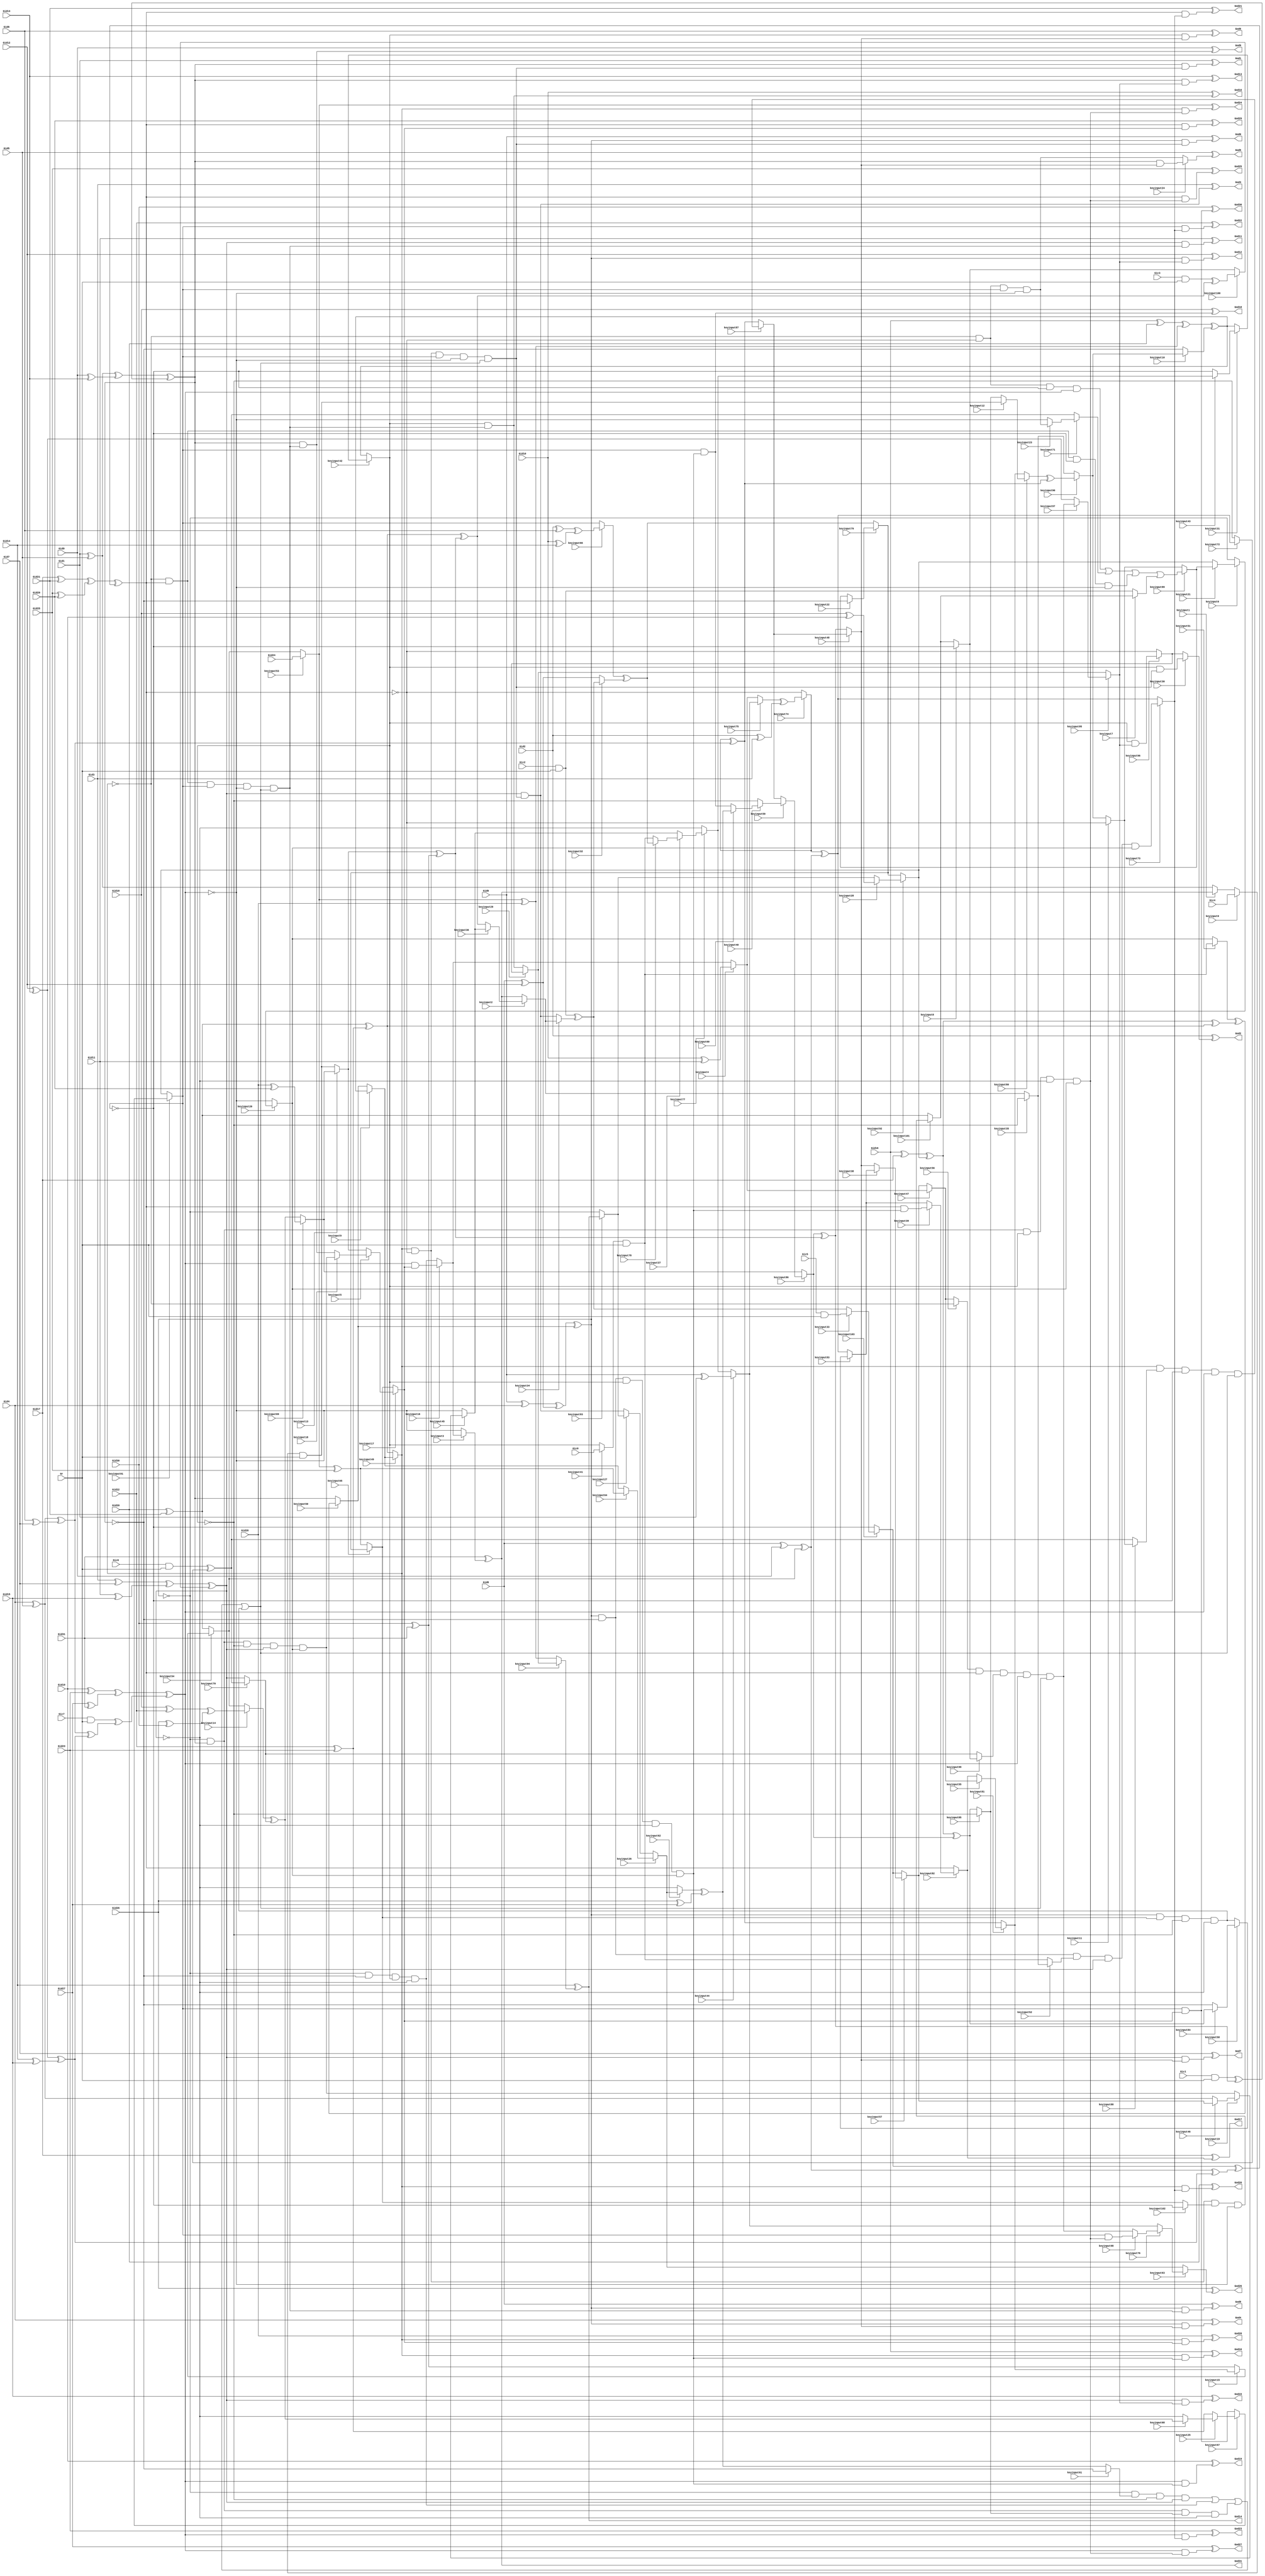
// Verilog File 
module top (Gid0,Gid1,Gid2,Gid3,Gid4,Gid5,Gid6,Gid7,Gid8,
Gid9,Gid10,Gid11,Gid12,Gid13,Gid14,Gid15,Gid16,Gid17,Gid18,
Gid19,Gid20,Gid21,Gid22,Gid23,Gid24,Gid25,Gid26,Gid27,Gid28,
Gid29,Gid30,Gid31,Gic0,Gic1,Gic2,Gic3,Gic4,Gic5,Gic6,
Gic7,Gr,God0,God1,God2,God3,God4,God5,God6,God7,
God8,God9,God10,God11,God12,God13,God14,God15,God16,God17,
God18,God19,God20,God21,God22,God23,God24,God25,God26,God27,
God28,God29,God30,God31,keyinput0,keyinput1,keyinput2,keyinput3,keyinput4,keyinput5,
keyinput6,keyinput7,keyinput8,keyinput9,keyinput10,keyinput11,keyinput12,keyinput13,keyinput14,keyinput15,
keyinput16,keyinput17,keyinput18,keyinput19,keyinput20,keyinput21,keyinput22,keyinput23,keyinput24,keyinput25,
keyinput26,keyinput27,keyinput28,keyinput29,keyinput30,keyinput31,keyinput32,keyinput33,keyinput34,keyinput35,
keyinput36,keyinput37,keyinput38,keyinput39,keyinput40,keyinput41,keyinput42,keyinput43,keyinput44,keyinput45,
keyinput46,keyinput47,keyinput48,keyinput49,keyinput50,keyinput51,keyinput52,keyinput53,keyinput54,keyinput55,
keyinput56,keyinput57,keyinput58,keyinput59,keyinput60,keyinput61,keyinput62,keyinput63,keyinput64,keyinput65,
keyinput66,keyinput67,keyinput68,keyinput69,keyinput70,keyinput71,keyinput72,keyinput73,keyinput74,keyinput75,
keyinput76,keyinput77,keyinput78,keyinput79,keyinput80,keyinput81,keyinput82,keyinput83,keyinput84,keyinput85,
keyinput86,keyinput87,keyinput88,keyinput89,keyinput90,keyinput91,keyinput92,keyinput93,keyinput94,keyinput95,
keyinput96,keyinput97,keyinput98,keyinput99,keyinput100,keyinput101,keyinput102,keyinput103);

input Gid0,Gid1,Gid2,Gid3,Gid4,Gid5,Gid6,Gid7,Gid8,
Gid9,Gid10,Gid11,Gid12,Gid13,Gid14,Gid15,Gid16,Gid17,Gid18,
Gid19,Gid20,Gid21,Gid22,Gid23,Gid24,Gid25,Gid26,Gid27,Gid28,
Gid29,Gid30,Gid31,Gic0,Gic1,Gic2,Gic3,Gic4,Gic5,Gic6,
Gic7,Gr,keyinput0,keyinput1,keyinput2,keyinput3,keyinput4,keyinput5,keyinput6,keyinput7,
keyinput8,keyinput9,keyinput10,keyinput11,keyinput12,keyinput13,keyinput14,keyinput15,keyinput16,keyinput17,
keyinput18,keyinput19,keyinput20,keyinput21,keyinput22,keyinput23,keyinput24,keyinput25,keyinput26,keyinput27,
keyinput28,keyinput29,keyinput30,keyinput31,keyinput32,keyinput33,keyinput34,keyinput35,keyinput36,keyinput37,
keyinput38,keyinput39,keyinput40,keyinput41,keyinput42,keyinput43,keyinput44,keyinput45,keyinput46,keyinput47,
keyinput48,keyinput49,keyinput50,keyinput51,keyinput52,keyinput53,keyinput54,keyinput55,keyinput56,keyinput57,
keyinput58,keyinput59,keyinput60,keyinput61,keyinput62,keyinput63,keyinput64,keyinput65,keyinput66,keyinput67,
keyinput68,keyinput69,keyinput70,keyinput71,keyinput72,keyinput73,keyinput74,keyinput75,keyinput76,keyinput77,
keyinput78,keyinput79,keyinput80,keyinput81,keyinput82,keyinput83,keyinput84,keyinput85,keyinput86,keyinput87,
keyinput88,keyinput89,keyinput90,keyinput91,keyinput92,keyinput93,keyinput94,keyinput95,keyinput96,keyinput97,
keyinput98,keyinput99,keyinput100,keyinput101,keyinput102,keyinput103;

output God0,God1,God2,God3,God4,God5,God6,God7,God8,
God9,God10,God11,God12,God13,God14,God15,God16,God17,God18,
God19,God20,God21,God22,God23,God24,God25,God26,God27,God28,
God29,God30,God31;

wire Gxa0,Gxa1,Gxa2,Gxa3,Gxa4,Gxa5,Gxa6,Gxa7,Gxa8,
Gxa9,Gxa10,Gxa11,Gxa12,Gxa13,Gxa14,Gxa15,Gh0,Gh1,Gh2,
Gh3,Gh4,Gh5,Gh6,Gh7,Gxb0,Gxc0,Gxb1,Gxc1,Gxb2,
Gxc2,Gxb3,Gxc3,Gxb4,Gxc4,Gxb5,Gxc5,Gxb6,Gxc6,Gxb7,
Gxc7,Gf0,Gf1,Gf2,Gf3,Gf4,Gf5,Gf6,Gf7,Gxe0,
Gxe1,Gxe2,Gxe3,Gxe4,Gxe5,Gxe6,Gxe7,Gg0,Gg1,Gg2,
Gg3,Gg4,Gg5,Gg6,Gg7,Gxd0,Gxd1,Gxd2,Gxd3,Gxd4,
Gxd5,Gxd6,Gxd7,Gs0,Gs1,Gs2,Gs3,Gs4,Gs5,Gs6,
Gs7,Gy0a,Gy1a,Gy2a,Gy0b,Gy1b,Gy3b,Gy0c,Gy2c,Gy3c,
Gy1d,Gy2d,Gy3d,Gy5i,Gy7i,Gy5j,Gy6j,Gy4k,Gy7k,Gy4l,
Gy6l,Gy4a,Gy5a,Gy6a,Gy4b,Gy5b,Gy7b,Gy4c,Gy6c,Gy7c,
Gy5d,Gy6d,Gy7d,Gy1i,Gy3i,Gy1j,Gy2j,Gy0k,Gy3k,Gy0l,
Gy2l,Gt0,Gt1,Gt2,Gt3,Gt4,Gt5,Gt6,Gt7,Gu0,
Gu1,Gwa,Gwb,Gwc,Gwd,Gwe,Gwf,Gwg,Gwh,Ge0,
Ge1,Ge2,Ge3,Ge4,Ge5,Ge6,Ge7,Ge8,Ge9,Ge10,
Ge11,Ge12,Ge13,Ge14,Ge15,Ge16,Ge17,Ge18,Ge19,Ge20,
Ge21,Ge22,Ge23,Ge24,Ge25,Ge26,Ge27,Ge28,Ge29,Ge30,
Ge31,muxed0,muxed1,muxed2,muxed3,muxed4,muxed5,muxed6,muxed7,muxed8,
muxed9,muxed10,muxed11,muxed12,muxed13,muxed14,muxed15,muxed16,muxed17,muxed18,
muxed19,muxed20,muxed21,muxed22,muxed23,muxed24,muxed25,muxed26,muxed27,muxed28,
muxed29,muxed30,muxed31,muxed32,muxed33,muxed34,muxed35,muxed36,muxed37,muxed38,
muxed39,muxed40,muxed41,muxed42,muxed43,muxed44,muxed45,muxed46,muxed47,muxed48,
muxed49,muxed50,muxed51,muxed52,muxed53,muxed54,muxed55,muxed56,muxed57,muxed58,
muxed59,muxed60,muxed61,muxed62,muxed63,muxed64,muxed65,muxed66,muxed67,muxed68,
muxed69,muxed70,muxed71,muxed72,muxed73,muxed74,muxed75,muxed76,muxed77,muxed78,
muxed79,muxed80,muxed81,muxed82,muxed83,muxed84,muxed85,muxed86,muxed87,muxed88,
muxed89,muxed90,muxed91,muxed92,muxed93,muxed94,muxed95,muxed96,muxed97,muxed98,
muxed99,muxed100,muxed101,muxed102,muxed103;
xor gate_0(Gxa0,Gid0,Gid1);
xor gate_1(Gxa1,Gid2,Gid3);
xor gate_2(Gxa2,Gid4,Gid5);
xor gate_3(Gxa3,Gid6,Gid7);
xor gate_4(Gxa4,Gid8,Gid9);
xor gate_5(Gxa5,Gid10,Gid11);
xor gate_6(Gxa6,Gid12,Gid13);
xor gate_7(Gxa7,Gid14,Gid15);
xor gate_8(Gxa8,Gid16,Gid17);
xor gate_9(Gxa9,Gid18,Gid19);
xor gate_10(Gxa10,Gid20,Gid21);
xor gate_11(Gxa11,Gid22,Gid23);
xor gate_12(Gxa12,muxed53,Gid25);
xor gate_13(Gxa13,Gid26,Gid27);
xor gate_14(Gxa14,Gid28,Gid29);
xor gate_15(Gxa15,Gid30,Gid31);
and gate_16(Gh0,muxed41,Gr);
and gate_17(Gh1,Gic1,Gr);
and gate_18(Gh2,Gic2,Gr);
and gate_19(Gh3,Gic3,Gr);
and gate_20(Gh4,muxed0,Gr);
and gate_21(Gh5,Gic5,Gr);
and gate_22(Gh6,Gic6,Gr);
and gate_23(Gh7,Gic7,Gr);
xor gate_24(Gxb0,Gid0,Gid4);
xor gate_25(Gxc0,Gid8,Gid12);
xor gate_26(Gxb1,Gid1,Gid5);
xor gate_27(Gxc1,Gid9,Gid13);
xor gate_28(Gxb2,Gid2,Gid6);
xor gate_29(Gxc2,Gid10,Gid14);
xor gate_30(Gxb3,Gid3,Gid7);
xor gate_31(Gxc3,Gid11,Gid15);
xor gate_32(Gxb4,Gid16,Gid20);
xor gate_33(Gxc4,muxed53,Gid28);
xor gate_34(Gxb5,Gid17,Gid21);
xor gate_35(Gxc5,Gid25,Gid29);
xor gate_36(Gxb6,Gid18,Gid22);
xor gate_37(Gxc6,Gid26,Gid30);
xor gate_38(Gxb7,Gid19,Gid23);
xor gate_39(Gxc7,Gid27,Gid31);
xor gate_40(Gf0,muxed75,Gxa1);
xor gate_41(Gf1,Gxa2,Gxa3);
xor gate_42(Gf2,Gxa4,muxed54);
xor gate_43(Gf3,Gxa6,Gxa7);
xor gate_44(Gf4,Gxa8,muxed92);
xor gate_45(Gf5,Gxa10,Gxa11);
xor gate_46(Gf6,muxed62,Gxa13);
xor gate_47(Gf7,muxed13,Gxa15);
xor gate_48(Gxe0,Gxb0,Gxc0);
xor gate_49(Gxe1,Gxb1,Gxc1);
xor gate_50(Gxe2,Gxb2,Gxc2);
xor gate_51(Gxe3,Gxb3,Gxc3);
xor gate_52(Gxe4,Gxb4,Gxc4);
xor gate_53(Gxe5,Gxb5,Gxc5);
xor gate_54(Gxe6,Gxb6,Gxc6);
xor gate_55(Gxe7,Gxb7,Gxc7);
xor gate_56(Gg0,muxed74,Gf1);
xor gate_57(Gg1,Gf2,Gf3);
xor gate_58(Gg2,muxed74,Gf2);
xor gate_59(Gg3,Gf1,Gf3);
xor gate_60(Gg4,Gf4,Gf5);
xor gate_61(Gg5,muxed86,Gf7);
xor gate_62(Gg6,Gf4,muxed86);
xor gate_63(Gg7,Gf5,Gf7);
xor gate_64(Gxd0,muxed51,Gg4);
xor gate_65(Gxd1,Gh1,Gg5);
xor gate_66(Gxd2,Gh2,muxed34);
xor gate_67(Gxd3,Gh3,Gg7);
xor gate_68(Gxd4,muxed80,Gg0);
xor gate_69(Gxd5,muxed103,Gg1);
xor gate_70(Gxd6,Gh6,muxed72);
xor gate_71(Gxd7,Gh7,Gg3);
xor gate_72(Gs0,Gxe0,muxed50);
xor gate_73(Gs1,Gxe1,Gxd1);
xor gate_74(Gs2,muxed66,muxed32);
xor gate_75(Gs3,Gxe3,muxed100);
xor gate_76(Gs4,Gxe4,muxed10);
xor gate_77(Gs5,Gxe5,Gxd5);
xor gate_78(Gs6,muxed14,muxed70);
xor gate_79(Gs7,Gxe7,Gxd7);
not gate_80(Gy0a,Gs0);
not gate_81(Gy1a,Gs1);
not gate_82(Gy2a,muxed42);
not gate_83(Gy0b,Gs0);
not gate_84(Gy1b,Gs1);
not gate_85(Gy3b,Gs3);
not gate_86(Gy0c,Gs0);
not gate_87(Gy2c,muxed42);
not gate_88(Gy3c,Gs3);
not gate_89(Gy1d,Gs1);
not gate_90(Gy2d,muxed42);
not gate_91(Gy3d,Gs3);
not gate_92(Gy5i,Gs5);
not gate_93(Gy7i,Gs7);
not gate_94(Gy5j,Gs5);
not gate_95(Gy6j,muxed91);
not gate_96(Gy4k,muxed49);
not gate_97(Gy7k,Gs7);
not gate_98(Gy4l,muxed49);
not gate_99(Gy6l,muxed91);
not gate_100(Gy4a,muxed49);
not gate_101(Gy5a,Gs5);
not gate_102(Gy6a,muxed91);
not gate_103(Gy4b,muxed49);
not gate_104(Gy5b,Gs5);
not gate_105(Gy7b,Gs7);
not gate_106(Gy4c,muxed49);
not gate_107(Gy6c,muxed91);
not gate_108(Gy7c,Gs7);
not gate_109(Gy5d,Gs5);
not gate_110(Gy6d,muxed91);
not gate_111(Gy7d,Gs7);
not gate_112(Gy1i,Gs1);
not gate_113(Gy3i,Gs3);
not gate_114(Gy1j,Gs1);
not gate_115(Gy2j,muxed42);
not gate_116(Gy0k,Gs0);
not gate_117(Gy3k,Gs3);
not gate_118(Gy0l,Gs0);
not gate_119(Gy2l,muxed42);
and gate_120(Gt0,Gy0a,muxed61,Gy2a,Gs3);
and gate_121(Gt1,Gy0b,Gy1b,muxed42,Gy3b);
and gate_122(Gt2,Gy0c,Gs1,muxed85,Gy3c);
and gate_123(Gt3,Gs0,muxed65,Gy2d,Gy3d);
and gate_124(Gt4,Gy4a,Gy5a,Gy6a,Gs7);
and gate_125(Gt5,Gy4b,Gy5b,muxed91,Gy7b);
and gate_126(Gt6,Gy4c,Gs5,Gy6c,Gy7c);
and gate_127(Gt7,muxed49,Gy5d,muxed102,Gy7d);
or gate_128(Gu0,Gt0,Gt1,Gt2,Gt3);
or gate_129(Gu1,Gt4,muxed71,Gt6,muxed7);
and gate_130(Gwa,muxed49,Gy5i,muxed91,Gy7i,Gu0);
and gate_131(Gwb,muxed49,muxed88,Gy6j,Gs7,Gu0);
and gate_132(Gwc,Gy4k,Gs5,muxed91,Gy7k,Gu0);
and gate_133(Gwd,muxed56,Gs5,muxed99,Gs7,Gu0);
and gate_134(Gwe,Gs0,Gy1i,muxed42,Gy3i,muxed20);
and gate_135(Gwf,Gs0,Gy1j,muxed52,Gs3,muxed20);
and gate_136(Gwg,Gy0k,Gs1,muxed42,Gy3k,muxed20);
and gate_137(Gwh,Gy0l,Gs1,Gy2l,Gs3,muxed20);
and gate_138(Ge0,Gs0,Gwa);
and gate_139(Ge1,Gs1,Gwa);
and gate_140(Ge2,muxed42,Gwa);
and gate_141(Ge3,Gs3,Gwa);
and gate_142(Ge4,Gs0,muxed48);
and gate_143(Ge5,Gs1,muxed48);
and gate_144(Ge6,muxed42,muxed48);
and gate_145(Ge7,Gs3,muxed48);
and gate_146(Ge8,Gs0,Gwc);
and gate_147(Ge9,Gs1,Gwc);
and gate_148(Ge10,muxed42,Gwc);
and gate_149(Ge11,Gs3,Gwc);
and gate_150(Ge12,Gs0,muxed95);
and gate_151(Ge13,Gs1,muxed95);
and gate_152(Ge14,muxed42,muxed95);
and gate_153(Ge15,Gs3,muxed95);
and gate_154(Ge16,muxed49,Gwe);
and gate_155(Ge17,Gs5,Gwe);
and gate_156(Ge18,muxed91,Gwe);
and gate_157(Ge19,Gs7,Gwe);
and gate_158(Ge20,muxed49,muxed73);
and gate_159(Ge21,Gs5,muxed73);
and gate_160(Ge22,muxed91,muxed73);
and gate_161(Ge23,Gs7,muxed73);
and gate_162(Ge24,muxed49,Gwg);
and gate_163(Ge25,Gs5,Gwg);
and gate_164(Ge26,muxed91,Gwg);
and gate_165(Ge27,Gs7,Gwg);
and gate_166(Ge28,muxed49,muxed17);
and gate_167(Ge29,Gs5,muxed17);
and gate_168(Ge30,muxed91,muxed17);
and gate_169(Ge31,Gs7,muxed17);
xor gate_170(God0,Gid0,Ge0);
xor gate_171(God1,Gid1,Ge1);
xor gate_172(God2,Gid2,muxed30);
xor gate_173(God3,Gid3,Ge3);
xor gate_174(God4,Gid4,Ge4);
xor gate_175(God5,Gid5,muxed24);
xor gate_176(God6,Gid6,Ge6);
xor gate_177(God7,Gid7,Ge7);
xor gate_178(God8,Gid8,Ge8);
xor gate_179(God9,Gid9,Ge9);
xor gate_180(God10,Gid10,Ge10);
xor gate_181(God11,Gid11,Ge11);
xor gate_182(God12,Gid12,Ge12);
xor gate_183(God13,Gid13,Ge13);
xor gate_184(God14,Gid14,muxed94);
xor gate_185(God15,Gid15,Ge15);
xor gate_186(God16,Gid16,Ge16);
xor gate_187(God17,Gid17,muxed82);
xor gate_188(God18,Gid18,Ge18);
xor gate_189(God19,Gid19,Ge19);
xor gate_190(God20,Gid20,Ge20);
xor gate_191(God21,Gid21,Ge21);
xor gate_192(God22,Gid22,Ge22);
xor gate_193(God23,Gid23,Ge23);
xor gate_194(God24,muxed53,Ge24);
xor gate_195(God25,Gid25,Ge25);
xor gate_196(God26,Gid26,muxed63);
xor gate_197(God27,Gid27,Ge27);
xor gate_198(God28,Gid28,Ge28);
xor gate_199(God29,Gid29,Ge29);
xor gate_200(God30,Gid30,Ge30);
xor gate_201(God31,Gid31,muxed3);
assign muxed0 = keyinput0 ? Gic4 : muxed1;
assign muxed1 = keyinput1 ? God31 : Gxb1;
assign muxed2 = keyinput2 ? muxed36 : God31;
assign muxed3 = keyinput3 ? muxed16 : Gy7k;
assign muxed4 = keyinput4 ? Gxa5 : muxed16;
assign muxed5 = keyinput5 ? muxed18 : muxed13;
assign muxed6 = keyinput6 ? muxed21 : Gy0k;
assign muxed7 = keyinput7 ? muxed101 : Gh2;
assign muxed8 = keyinput8 ? Gy6l : muxed101;
assign muxed9 = keyinput9 ? Gs4 : muxed50;
assign muxed10 = keyinput10 ? muxed90 : Gy1j;
assign muxed11 = keyinput11 ? Gy5j : muxed90;
assign muxed12 = keyinput12 ? Gh4 : muxed85;
assign muxed13 = keyinput13 ? muxed69 : Gh4;
assign muxed14 = keyinput14 ? Gxe6 : muxed54;
assign muxed15 = keyinput15 ? muxed81 : Gxa15;
assign muxed16 = keyinput16 ? Ge31 : Gt1;
assign muxed17 = keyinput17 ? muxed5 : muxed65;
assign muxed18 = keyinput18 ? Gwh : Ge9;
assign muxed19 = keyinput19 ? muxed46 : Gwh;
assign muxed20 = keyinput20 ? muxed6 : Gy7k;
assign muxed21 = keyinput21 ? muxed89 : muxed92;
assign muxed22 = keyinput22 ? Gy1d : muxed89;
assign muxed23 = keyinput23 ? Gt5 : Gy7i;
assign muxed24 = keyinput24 ? Ge5 : Gt5;
assign muxed25 = keyinput25 ? muxed68 : Gxa11;
assign muxed26 = keyinput26 ? muxed64 : muxed27;
assign muxed27 = keyinput27 ? muxed93 : Ge3;
assign muxed28 = keyinput28 ? Gxa9 : muxed93;
assign muxed29 = keyinput29 ? muxed96 : Ge10;
assign muxed30 = keyinput30 ? Ge2 : muxed96;
assign muxed31 = keyinput31 ? muxed43 : Gs4;
assign muxed32 = keyinput32 ? Gxd2 : Gxc0;
assign muxed33 = keyinput33 ? Gh5 : Gxd2;
assign muxed34 = keyinput34 ? muxed2 : Ge3;
assign muxed35 = keyinput35 ? Gy2j : muxed2;
assign muxed36 = keyinput36 ? muxed45 : Gg7;
assign muxed37 = keyinput37 ? muxed78 : muxed45;
assign muxed38 = keyinput38 ? muxed83 : muxed48;
assign muxed39 = keyinput39 ? Ge17 : muxed83;
assign muxed40 = keyinput40 ? muxed60 : Gy2a;
assign muxed41 = keyinput41 ? Gic0 : muxed42;
assign muxed42 = keyinput42 ? muxed31 : Gs4;
assign muxed43 = keyinput43 ? muxed77 : Gy6l;
assign muxed44 = keyinput44 ? Gxa0 : muxed77;
assign muxed45 = keyinput45 ? muxed19 : Gy7d;
assign muxed46 = keyinput46 ? muxed57 : Gxa2;
assign muxed47 = keyinput47 ? muxed4 : muxed57;
assign muxed48 = keyinput48 ? muxed87 : Gg5;
assign muxed49 = keyinput49 ? muxed9 : Gf5;
assign muxed50 = keyinput50 ? Gxd0 : Gs1;
assign muxed51 = keyinput51 ? Gh0 : muxed20;
assign muxed52 = keyinput52 ? muxed35 : Gh0;
assign muxed53 = keyinput53 ? Gid24 : muxed54;
assign muxed54 = keyinput54 ? muxed15 : Gxa10;
assign muxed55 = keyinput55 ? muxed47 : muxed82;
assign muxed56 = keyinput56 ? Gy4l : muxed47;
assign muxed57 = keyinput57 ? muxed38 : muxed103;
assign muxed58 = keyinput58 ? muxed84 : Gt3;
assign muxed59 = keyinput59 ? muxed40 : muxed87;
assign muxed60 = keyinput60 ? Gf6 : Ge18;
assign muxed61 = keyinput61 ? Gy1a : Gf6;
assign muxed62 = keyinput62 ? muxed26 : Gy3d;
assign muxed63 = keyinput63 ? muxed76 : muxed26;
assign muxed64 = keyinput64 ? Gxa12 : muxed9;
assign muxed65 = keyinput65 ? muxed79 : Gxa12;
assign muxed66 = keyinput66 ? Gxe2 : muxed91;
assign muxed67 = keyinput67 ? muxed25 : Ge30;
assign muxed68 = keyinput68 ? Gs6 : Gy3k;
assign muxed69 = keyinput69 ? Gxa14 : Gs6;
assign muxed70 = keyinput70 ? Gxd6 : Gs3;
assign muxed71 = keyinput71 ? muxed23 : Gxd6;
assign muxed72 = keyinput72 ? Gg2 : Gy2d;
assign muxed73 = keyinput73 ? Gwf : Gg2;
assign muxed74 = keyinput74 ? Gf0 : Gy5b;
assign muxed75 = keyinput75 ? muxed44 : muxed4;
assign muxed76 = keyinput76 ? muxed98 : muxed44;
assign muxed77 = keyinput77 ? muxed37 : Gy3k;
assign muxed78 = keyinput78 ? Gs2 : Gh0;
assign muxed79 = keyinput79 ? muxed22 : Gs2;
assign muxed80 = keyinput80 ? muxed12 : muxed81;
assign muxed81 = keyinput81 ? muxed55 : Gg0;
assign muxed82 = keyinput82 ? muxed39 : Gs5;
assign muxed83 = keyinput83 ? muxed58 : Gg2;
assign muxed84 = keyinput84 ? Gg6 : Gy1i;
assign muxed85 = keyinput85 ? Gy2c : Gg6;
assign muxed86 = keyinput86 ? muxed59 : muxed69;
assign muxed87 = keyinput87 ? Gwb : Gg0;
assign muxed88 = keyinput88 ? muxed11 : Gxd6;
assign muxed89 = keyinput89 ? Gu1 : muxed11;
assign muxed90 = keyinput90 ? Gxd4 : muxed35;
assign muxed91 = keyinput91 ? muxed67 : muxed92;
assign muxed92 = keyinput92 ? muxed28 : muxed79;
assign muxed93 = keyinput93 ? God14 : Gy0l;
assign muxed94 = keyinput94 ? muxed29 : Gxc4;
assign muxed95 = keyinput95 ? muxed97 : muxed29;
assign muxed96 = keyinput96 ? Ge14 : Gy5a;
assign muxed97 = keyinput97 ? Gwd : Gxa6;
assign muxed98 = keyinput98 ? Ge26 : Gwd;
assign muxed99 = keyinput99 ? muxed8 : muxed70;
assign muxed100 = keyinput100 ? Gxd3 : muxed8;
assign muxed101 = keyinput101 ? Gt7 : Gxa10;
assign muxed102 = keyinput102 ? Gy6d : muxed65;
assign muxed103 = keyinput103 ? muxed33 : Gy6d;
endmodule